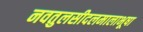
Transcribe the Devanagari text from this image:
नवतुलसीदलमालाभूषा